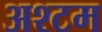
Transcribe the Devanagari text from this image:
अश्टम